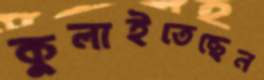
কুলাইতেছেন